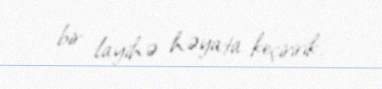
bir layihə həyata keçiririk.